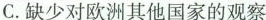
C. 缺少对欧洲其他国家的观察